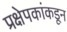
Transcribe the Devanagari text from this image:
प्रक्षेपकांकडून